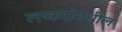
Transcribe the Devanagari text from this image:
लष्करांमधील